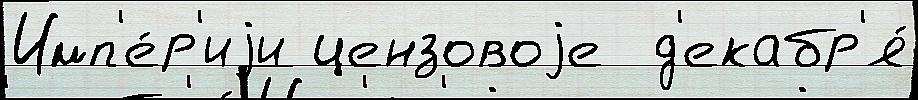
Имп'е́р'иjи цензовоjе  д'екабр'я́